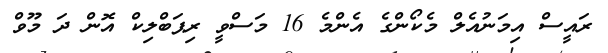
ރައީސް އިމަނުއެލް މެކޯންގެ އެންމެ 16 މަސްވީ ރިޕަބްލިކް އޮން ދަ މޫވް